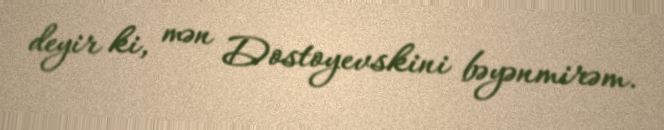
deyir ki, mən Dostoyevskini bəyənmirəm.